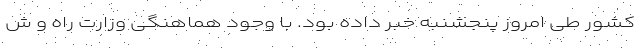
کشور طی امروز پنجشنبه خبر داده بود. با وجود هماهنگی وزارت راه و ش